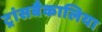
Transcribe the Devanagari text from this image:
ट्रांसबैकालिया